Lunatic asylums in Bengal annual reports 1888-1898 - 1888-1898
Year: 1888
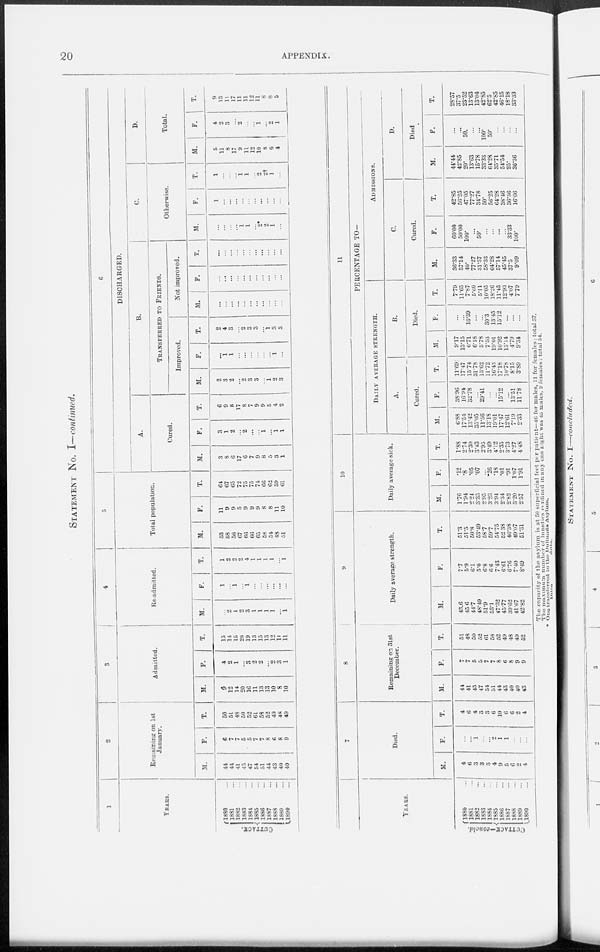
20
APPENDIX.
STATEMENT No. I—continued.
1
YEARS.
CUTTACK.
1880 ...
1881 ...
1882 ...
1883 ...
1884 ...
1885 ...
1886 ...
1887 ...
1888 ...
1889 ...
1890 ...
2
Remaining on 1st
January.
M.
44
44
41
45
47
54
51
44
43
40
40
F.
6
7
7
5
5
7
7
8
6
8
9
T.
50
51
48
50
52
61
58
52
49
48
49
3
Admitted.
M.
9
12
14
20
16
11
13
13
10
8
10
F.
4
2
1
...
3
2
2
... 2
3
1
T.
13
14
15
20
19
13
15
13
12
11
11
4
Re-admitted.
M.
...
2
1
2
3
1
1
1
1
...
1
F.
1
...
1
...
1
...
...
...
...
...
...
T.
1
2
2
2
4
1
1
1
1
...
1
5
Total population.
M.
53
58
56
67
66
66
65
58
54
48
51
F.
11
9
9
5
9
9
9
8
8
11
10
T.
64
67
65
72
75
75
74
66
62
59
61
6
DISCHARGED.
A.
Cured.
M.
3
8
6
17
6
7
9
8
5
3
1
F.
3
1
2
...
2
...
...
1
...
1
1
T.
6
9
8
17
8
7
9
9
5
4
2
B.
TRANSFERRED TO FRIENDS.
Improved.
M.
2
3
2
...
2
3
3
...
1
2
3
F.
...
1
1
...
...
...
...
...
...
1
...
T.
2
4
3
...
2
3
3
...
1
3
3
Not improved.
M.
...
...
...
...
...
...
...
...
...
...
...
F.
...
...
...
...
...
...
...
...
...
...
...
T.
...
...
...
...
...
...
...
...
...
...
...
C.
Otherwise.
M.
...
...
...
...
1
1
...
2*
2
1
...
F.
1
...
...
...
...
...
...
...
...
...
...
T.
1
...
...
...
1
1
...
2
2†
1
...
D.
Total.
M.
5
11
8
17
9
11
12
10
8
6
4
F.
4
2
3
...
2
...
...
1
...
2
1
T.
9
13
11
17
11
11
12
11
8
8
5
YEARS.
CUTTACK—concld.
1880 ...
1881 ...
1882 ...
1883 ...
1884 ...
1885 ...
1886
...
1887
...
1888
...
1889 ...
1890
...
7
Died.
M.
4
6
3
3
3
4
9
5
6
2
4
F.
...
...
1
...
...
2
1
1
...
...
...
T.
4
6
4
3
3
6
10
6
6
2
4
8
Remaining on 31st
December.
M.
44
41
45
47
54
51
44
43
40
40
43
F.
7
7
5
5
7
7
8
6
8
9
9
T.
51
48
50
52
61
58
52
49
48
49
52
9
Daily average strength.
M.
43.6
4.6
44.7
48.49
51.9
53.1
47.32
45.77
39.62
41.67
42.82
F.
7.7
5.9
6.1
5.0
6.8
6.6
7.43
6.61
6.76
7.40
8.49
T.
51.3
51.5
50.8
53.49
58.7
59.7
54.75
52.38
46.38
49.07
51.31
10
Daily average sick.
M.
1.76
1.94
2.24
3.35
2.95
3.23
3.94
2.34
2.82
3.20
2.57
F.
.12
.8
.05
.07
...
.26
.18
.01
.91
1.07
1.91
T.
1.88
2.74
2.30
3.43
2.95
3.49
4.12
2.35
3.73
4.27
4.48
11
PERCENTAGE TO—
DAILY AVERAGE STRENGTH.
A.
Cured.
M.
6.88
17.54
13.42
35.05
11.56
13.18
19.01
17.47
12.61
7.19
2.33
F.
38.96
16.94
32.78
...
29.41
...
...
15.12
...
13.51
11.73
T.
11.69
17.47
15.74
31.78
13.62
11.72
16.43
17.18
10.78
8.15
3.89
B.
Died.
M.
9.17
13.15
6.71
6.18
5.78
7.53
19.01
10.92
15.14
4.79
9.34
F.
...
...
16.39
...
...
30.3
13.45
15.12
...
...
...
T.
7.79
11.65
7.87
5.60
5.11
10.05
18.26
11.45
12.93
4.07
7.79
ADMISSIONS.
C.
Cured.
M.
36.33
57.14
40.
77.27
31.57
58.33
64.28
57.14
45.45
37.5
9.09
F.
60.00
50.00
100.
...
50.
...
...
...
...
33.33
100.
T.
42.85
56.25
47.05
77.27
34.78
50.
56.25
64.28
38.46
36.36
16.66
D.
Died
M.
44.44
42.85
20.
13.63
15.78
33.33
64.28
35.71
54.54
25.
36.36
F.
...
...
50.
...
...
100.
50.
...
...
...
...
T.
25.57
37.5
23.52
13.63
13.04
42.85
62.5
42.85
46.15
18.18
33.33
The capacity of the asylum is at 50 superficial feet per patient—46 for males, 11 for females : total 57.
The maximum number of lunatics confined in any one night was 45 Males, 9 females : total 54.
* One transferred to the Dullunda Asylum.
Ditto
ditto.